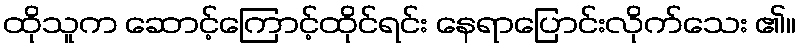
ထိုသူက ဆောင့်ကြောင့်ထိုင်ရင်း နေရာပြောင်းလိုက်သေး ၏။